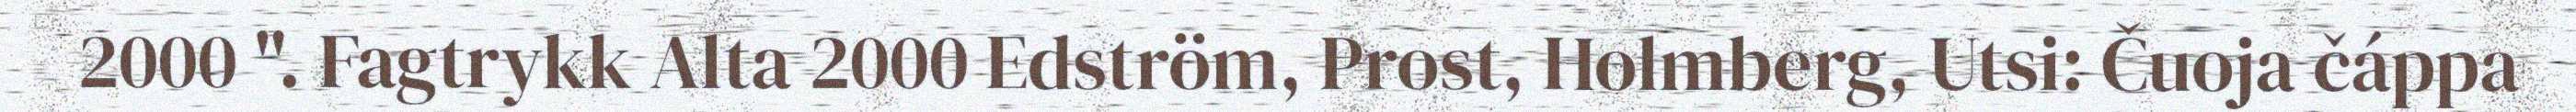
2000 ". Fagtrykk Alta 2000 Edström, Prost, Holmberg, Utsi: Čuoja čáppa